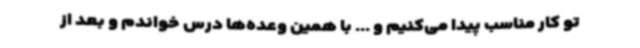
تو کار مناسب پیدا می‌کنیم و ... با همین وعده‌ها درس خواندم و بعد از